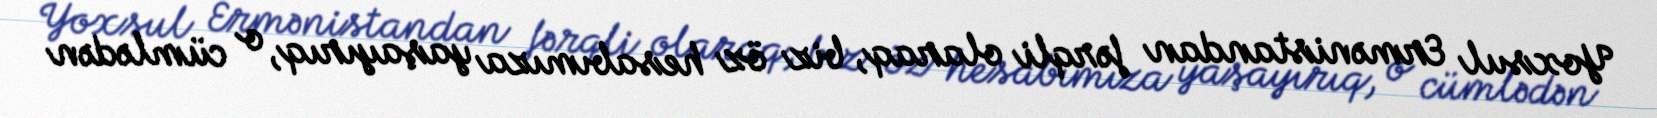
Yoxsul Ermənistandan fərqli olaraq, biz öz hesabımıza yaşayırıq, o cümlədən